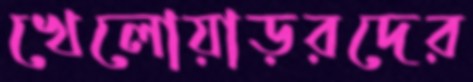
খেলোয়াড়রদের